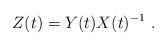
LaTeX: \begin{align*}Z(t)=Y(t)X(t)^{-1} \ .\end{align*}